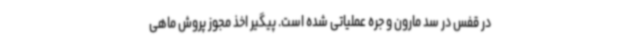
در قفس در سد مارون و جره عملیاتی شده است. پیگیر اخذ مجوز پروش ماهی